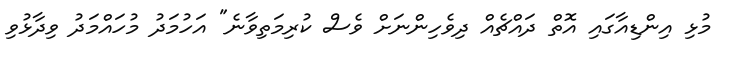
މުޅި އިންޑިއާގައި އޮތް ދައްޗެއް ދިވެހިންނަށް ވެސް ކުރިމަތިވާނެ" އަހުމަދު މުހައްމަދު ވިދާޅުވި